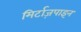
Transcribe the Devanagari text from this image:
मिर्टाज़पाइन